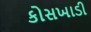
કોસખાડી